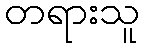
တရားသူ